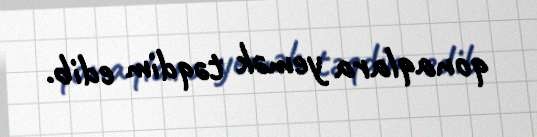
qonaqlara yemək təqdim edib.